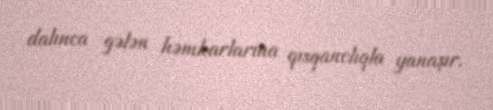
dalınca gələn həmkarlarına qısqanclıqla yanaşır.